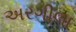
અરગીલા